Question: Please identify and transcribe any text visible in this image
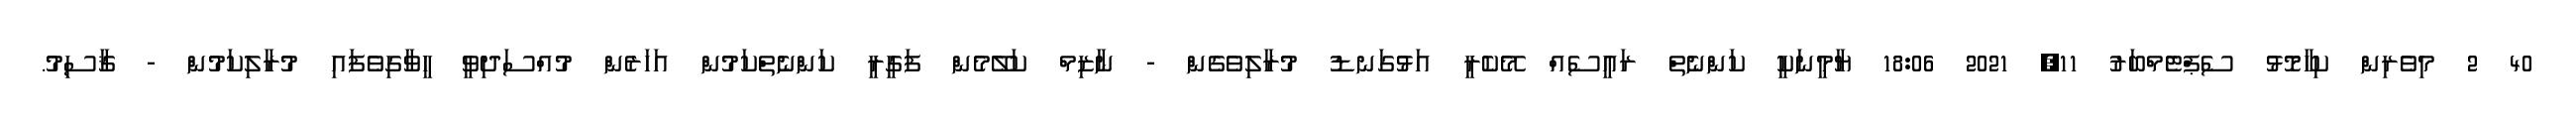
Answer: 40 2 މިވެރިން ކިހާމޮޅު ސެޕްޓެމްބަރު 11, 2021 18:06 ޔާމީނަކީ ކަންނެތް ރައީސެއް މޭކެރީ އަޅުގަނޑު މުރާލިވެގެން - ނާޒިމް ކަލޭމެން ފަގީރީ ކަންނެތްކަމުން އަހަރެން މުއްސަދިވީ ހީވާގިވެފައި މުރާލިކަމުން - ޤާސިމު.